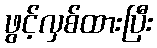
ဖွင့်လှစ်ထားပြီး